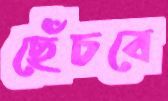
ছেঁচবে